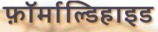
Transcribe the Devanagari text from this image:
फ़ॉर्माल्डिहाइड